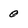
Character: 0